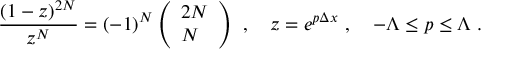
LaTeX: { \frac { ( 1 - z ) ^ { 2 N } } { z ^ { N } } } = ( - 1 ) ^ { N } \left( \begin{array} { l } { { 2 N } } \\ { { N } } \end{array} \right) \ , \quad z = e ^ { p \Delta x } \ , \quad - \Lambda \le p \le \Lambda \ .